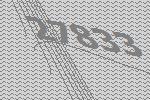
27833